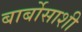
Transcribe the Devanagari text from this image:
बार्बोसाशी